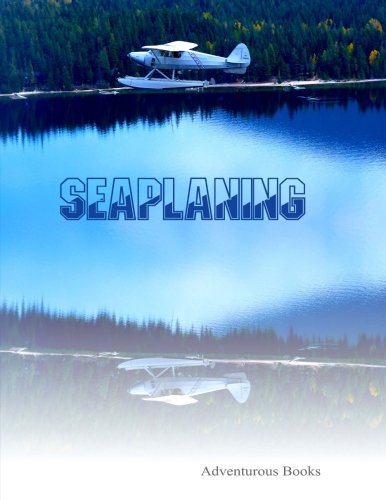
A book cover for Seaplaning; M.D. Kincaid; Sports & Outdoors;